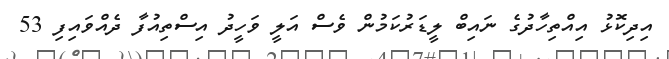
އިދިކޮޅު އިއްތިހާދުގެ ނައިބް ލީޑަރުކަމުން ވެސް އަލީ ވަހީދު އިސްތިއުފާ ދެއްވައިފި 53